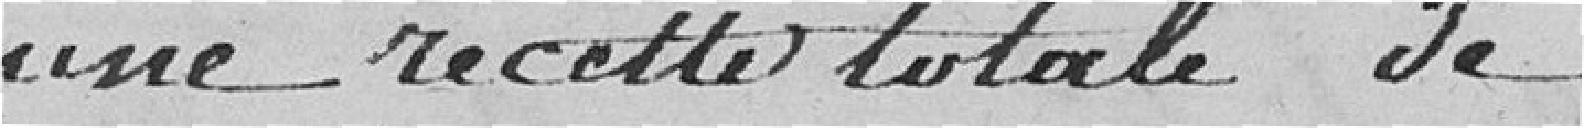
une recette totale de